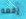
رفعه